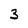
Character: 3